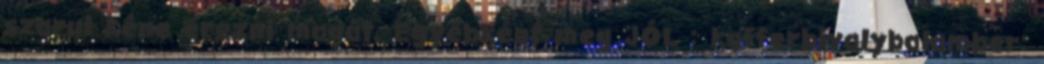
szarul kéne érezni magát. Egyébként meg JÓL : kafferbivalybalamber: